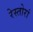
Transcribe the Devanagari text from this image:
रेस्तोरां